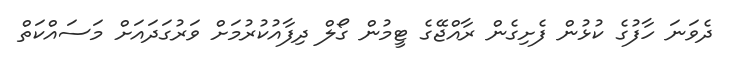
ދެވަނަ ހާފުގެ ކުޅުން ފެށިގެން ރާއްޖޭގެ ޓީމުން ގޯލް ދިފާއުކުރުމަށް ވަރުގަދައަށް މަސައްކަތް